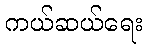
ကယ်ဆယ်ရေး